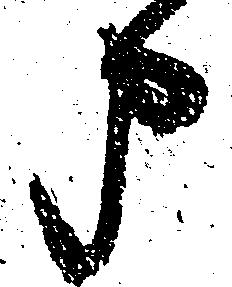
申